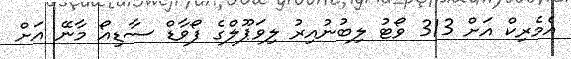
އެމެރިކް އަށް 313 ވޯޓު ލިބުނުއިރު ލިވަޕޫލްގެ ފޯވާޑް ސާޑިއޯ މާނޭ އަށް